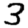
Digit: 3